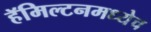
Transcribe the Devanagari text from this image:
हॅमिल्टनमध्येच